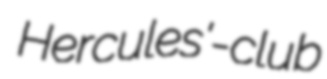
Hercules'-club